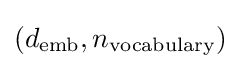
(d_{\text{emb}},n_{\text{vocabulary}})